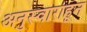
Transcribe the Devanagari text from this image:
अनुस्वाराहून